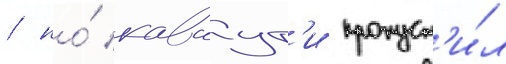
/ но́ каваут'и пропуст'и́л